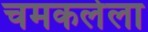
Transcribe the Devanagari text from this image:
चमकलेला